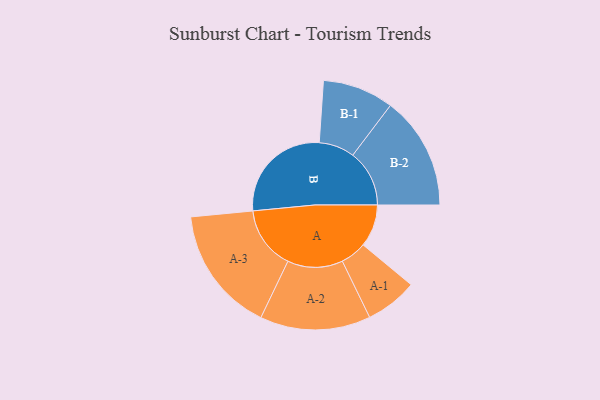
{"axis": {"x": "Segment", "y": "Value"}, "legend": ["", "A", "B"], "data": [{"x": "A", "y": 192, "type": ""}, {"x": "B", "y": 481, "type": ""}, {"x": "A-1", "y": 118, "type": "A"}, {"x": "A-2", "y": 250, "type": "A"}, {"x": "A-3", "y": 285, "type": "A"}, {"x": "B-1", "y": 161, "type": "B"}, {"x": "B-2", "y": 256, "type": "B"}]}